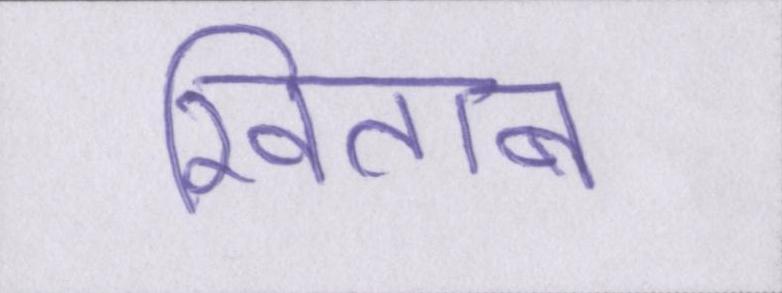
खिताब